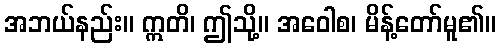
အဘယ်နည်း။ ဣတိ၊ ဤသို့။ အဝေါစ၊ မိန့်တော်မူ၏။